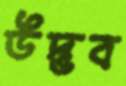
উদ্ভব